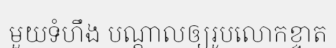
មួយទំហឹង បណ្តាលឲ្យរូបលោកខ្ទាត